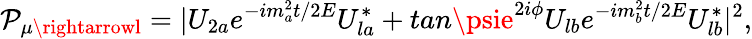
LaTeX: \mathcal{P}_{\mu\rightarrowl}=|U_{2a}e^{-im_{a}^{2}t/2E}U_{la}^{*}+tan\psie^{2i\phi}U_{lb}e^{-im_{b}^{2}t/2E}U_{lb}^{*}|^{2},